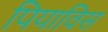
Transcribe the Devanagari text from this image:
पियाविस